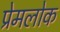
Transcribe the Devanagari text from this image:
प्रेमलोक